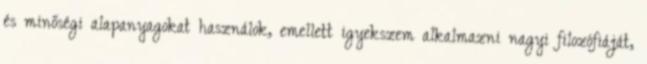
és minőségi alapanyagokat használok, emellett igyekszem alkalmazni nagyi filozófiáját,